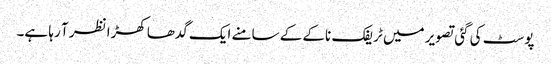
پوسٹ کی گئی تصویر میں ٹریفک ناکے کے سامنے ایک گدھا کھڑا نظر آ رہا ہے۔